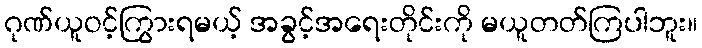
ဂုဏ်ယူဝင့်ကြွားရမယ့် အခွင့်အရေးတိုင်းကို မယူတတ်ကြပါဘူး။